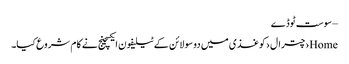
– سوست ٹوڈے
Home›چترال›کوغذی میں دو سو لائن کے ٹیلیفون ایکسچینج نے کا م شروع کیا۔